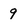
Character: 9